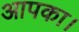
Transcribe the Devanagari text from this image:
आपका।